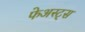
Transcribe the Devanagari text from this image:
फेअस्ट्स